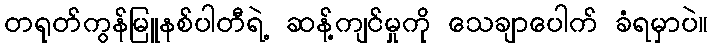
တရုတ်ကွန်မြူနစ်ပါတီရဲ့ ဆန့်ကျင်မှုကို သေချာပေါက် ခံရမှာပဲ။